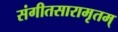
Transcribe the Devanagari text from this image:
संगीतसारामृतम्